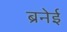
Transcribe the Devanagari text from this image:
ब्रनेई